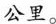
公里。